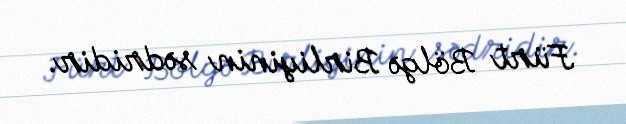
Fürt Bölgə Birliyinin sədridir.